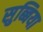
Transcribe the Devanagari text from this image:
सुब्बिया